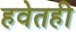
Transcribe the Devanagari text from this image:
हवेतही